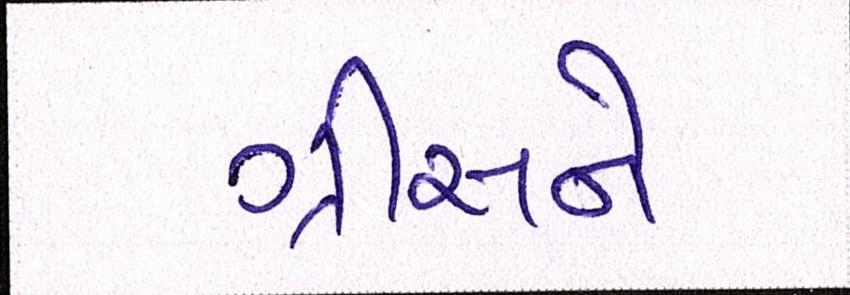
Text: ગ્રીસને